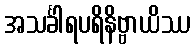
အသင်္ခါရပရိနိဗ္ဗာယိဿ